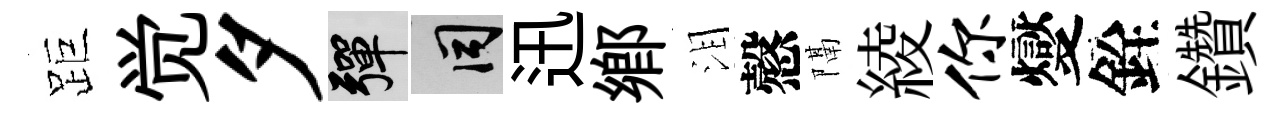
距觉夕彈间迅鄉泪慤隔綾你燮銓鑽